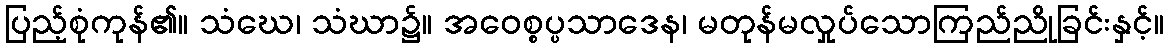
ပြည့်စုံကုန်၏။ သံဃေ၊ သံဃာ၌။ အဝေစ္စပ္ပသာဒေန၊ မတုန်မလှုပ်သောကြည်ညိုခြင်းနှင့်။